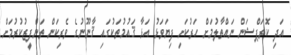
އަދި ކޮރަޕްޝަން ނައްތާލުމަށް ހަރުކަށި ފިޔަވަޅު އަޅާ ޤައުމުތަކުގައި ޤާނޫނުގެ ވެރިކަން ތަންފީޒުކުރުމަށް